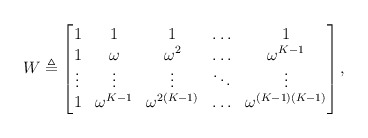
\begin{align*} W \triangleq \begin{bmatrix} 1&1&1&\ldots&1\\ 1&\omega&\omega^2&\ldots&\omega^{K-1}\\ \vdots&\vdots&\vdots&\ddots&\vdots\\ 1&\omega^{K-1}&\omega^{2(K-1)}&\ldots&\omega^{(K-1)(K-1)} \end{bmatrix}, \end{align*}